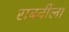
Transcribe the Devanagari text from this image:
राबवीला